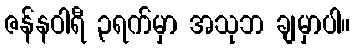
ဇန်နဝါရီ ၃ရက်မှာ အသုဘ ချမှာပါ။